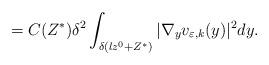
LaTeX: \begin{align*}=C(Z^{\ast})\delta^{2} \int_{\delta(lz^{0}+Z^{\ast})}\vert\nabla_{y}v_{\varepsilon, k}(y) \vert^{2} dy.\end{align*}